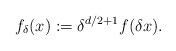
LaTeX: \begin{align*}f_\delta(x) := \delta^{d/2+1}f(\delta x).\end{align*}